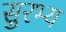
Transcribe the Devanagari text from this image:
सुरभ्य